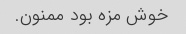
خوش مزه بود ممنون.